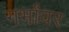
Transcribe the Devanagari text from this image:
गर्भांवर